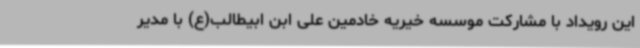
این رویداد با مشارکت موسسه خیریه خادمین علی ابن ابیطالب(ع) با مدیر